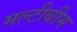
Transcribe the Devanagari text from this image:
मल्टीबीम